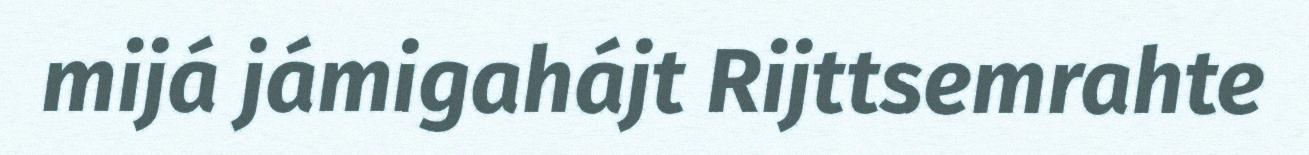
mijá jámigahájt Rijttsemrahte